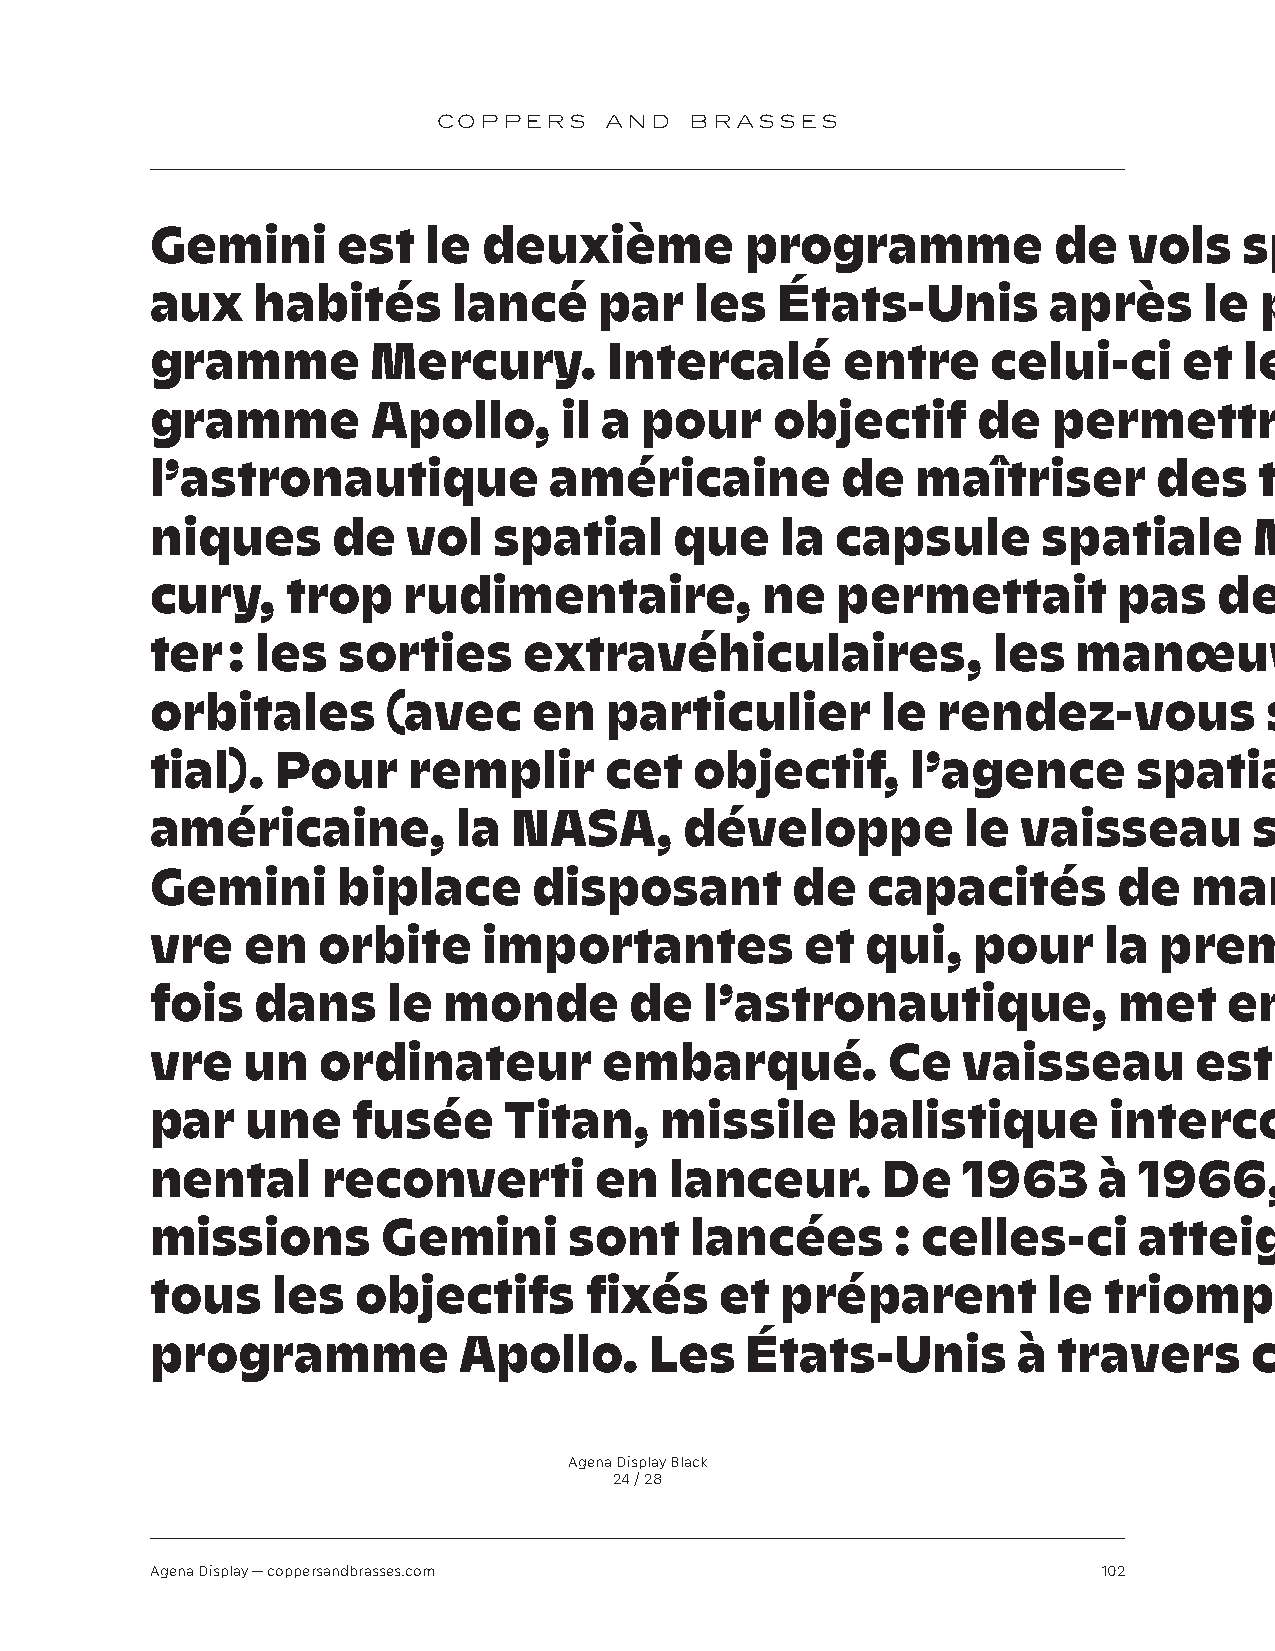
COPPERS    AND   BRASSES
 Gemini      est   le  deuxième         programme            de   vols   spati-
 aux    habités      lancé     par   les   États-Unis       après      le pro-
 gramme         Mercury.       Intercalé       entre     celui-ci    et  le  pro-
 gramme         Apollo,     il a pour     objectif      de   permettre        à
 l’astronautique           américaine          de   maîtriser       des   tech-
 niques      de   vol   spatial     que    la capsule       spatiale      Mer-
 cury,    trop    rudimentaire,          ne   permettait         pas    de   tes-
 ter  : les  sorties      extravéhiculaires,             les  manœuvres
 orbitales       (avec    en   particulier       le  rendez-vous           spa-
 tial).  Pour     remplir      cet   objectif,     l’agence       spatiale
 américaine,         la  NASA,      développe          le  vaisseau       spatial
 Gemini      biplace      disposant        de   capacités        de   manœu-
 vre   en   orbite     importantes          et  qui,   pour     la  première
 fois   dans     le monde        de   l’astronautique,           met    en   œu-
 vre   un   ordinateur         embarqué.          Ce   vaisseau       est   lancé
 par   une    fusée     Titan,     missile     balistique       interconti-
 nental     reconverti        en   lanceur.      De    1963     à 1966,      10
 missions       Gemini       sont    lancées      : celles-ci     atteignent
 tous    les  objectifs       fixés    et  préparent        le  triomphe        du
 programme           Apollo.      Les   États-Unis        à  travers      ce  pro-
 Agena Display Black
 24 / 28
 Agena Display — coppersandbrasses.com                          102